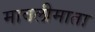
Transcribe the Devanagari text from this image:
मावलीमाता